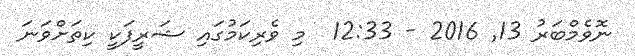
ނޮވެމްބަރު 13